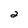
Character: 2